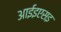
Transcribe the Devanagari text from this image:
आईइएसइ